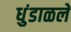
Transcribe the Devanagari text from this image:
धुंडाळले